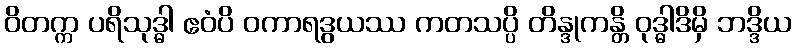
ဝိတက္က ပရိသုဒ္ဓါ ဧဝံပိ ဝကာရဒွယဿ ကတသပ္ပိ တိန္ဒုကန္တိ ဝုဒ္ဓါဒိမှိ ဘဒ္ဒိယ